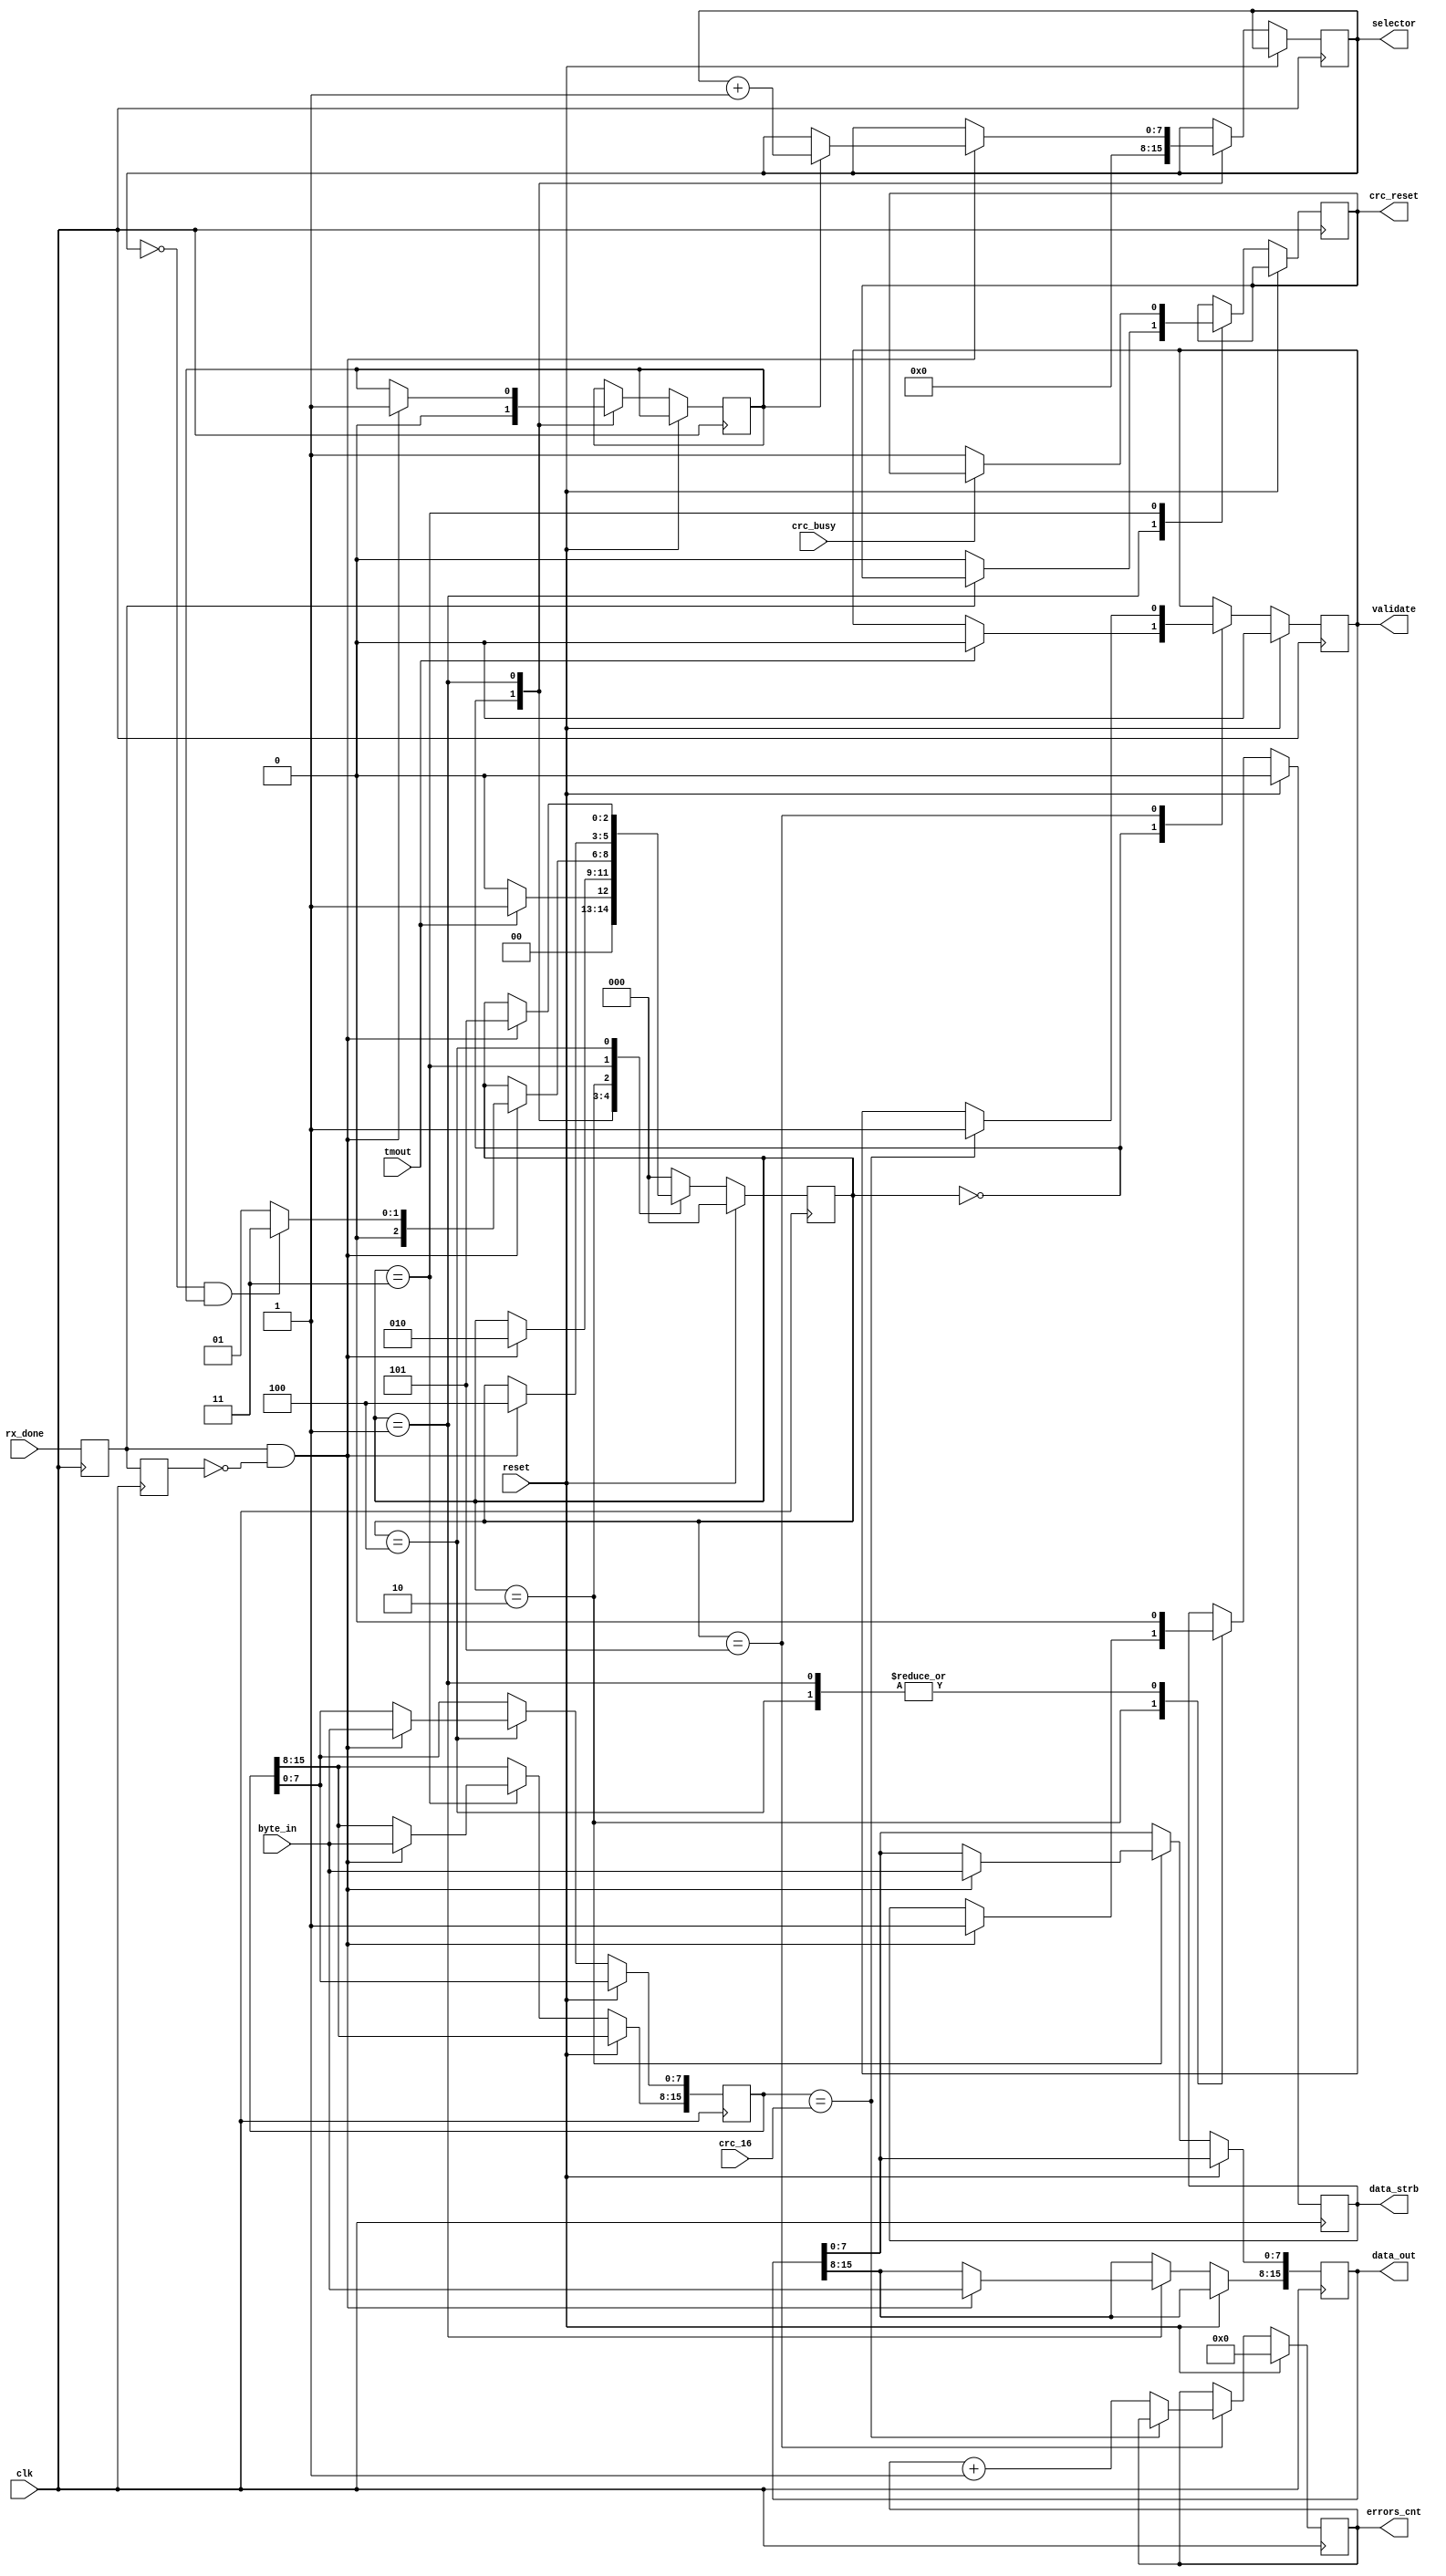

module serial_rx_ctrl_32_w ( clk, rx_done, byte_in, tmout, crc_16, crc_busy, reset,
							data_out, selector, data_strb, validate, errors_cnt, crc_reset);

input clk, rx_done, tmout, crc_busy, reset;
input [7:0] byte_in;
input [15:0] crc_16;

output reg data_strb, validate, crc_reset;
output reg [7:0] selector;
output reg [15:0] data_out, errors_cnt;

parameter [7:0] n_word = 8'h01; 

localparam [7:0] max_wrd_indx = n_word - 8'h01;

localparam [2:0] IDLE    = 3'b000;
localparam [2:0] DATA_HI = 3'b001;
localparam [2:0] DATA_LO = 3'b010;
localparam [2:0] CRC_HI  = 3'b011;
localparam [2:0] CRC_LO  = 3'b100;
localparam [2:0] VALID   = 3'b101;

reg [2:0] state     = 3'b000;
reg [15:0] crc_hi_bf = 16'h0000;

reg pre_strb_0 = 1'b0;
reg fist_word  = 1'b0;
reg strb_bf    = 1'b0;

always @(posedge clk) begin
	strb_bf <= rx_done;
	pre_strb_0 <= strb_bf;

	if(reset) begin
		errors_cnt <= 16'h0000;
		state <= IDLE;
		validate <= 1'b0;
		data_strb <= 1'b0;
	end
	else begin
		case(state)
			IDLE: begin
				if(tmout) begin
					state <= DATA_HI;
					validate <= 1'b0;
				end
				else begin
					state <= IDLE;
				end
				fist_word <= 1'b0;
				selector <= 8'h00;
			end
			DATA_HI: begin
				if(!strb_bf)
					crc_reset <= 1'b0;
				else begin end
				data_strb <= 1'b0;
				if(strb_bf && !pre_strb_0) begin
					if(!fist_word) begin
						selector <= selector;
						fist_word <= 1'b1;
					end
					else begin
						selector <= selector + 8'h01;
					end
					data_out[15:8] <= byte_in;
					state <= DATA_LO;
				end

			end
			DATA_LO: begin
				if(strb_bf && !pre_strb_0) begin
					data_out[7:0] <= byte_in;
					data_strb <= 1'b1;
					if(selector == max_wrd_indx && fist_word) begin
						state <= CRC_HI;
					end
					else begin
						state <= DATA_HI;
					end
				end
			end
			CRC_HI: begin
				if(!crc_busy) begin
					crc_reset <= 1'b1;
				end
				else begin end
				if(strb_bf && !pre_strb_0) begin
					crc_hi_bf[15:8] <= byte_in;
					state <= CRC_LO;
				end
			end
			CRC_LO: begin
				data_strb <= 1'b0;
				if(strb_bf && !pre_strb_0) begin
					crc_hi_bf[7:0] <= byte_in;
					state <= VALID;
				end
			end
			VALID: begin
				if(crc_hi_bf == crc_16) begin
					validate <= 1'b1;
				end
				else begin
					errors_cnt <= errors_cnt + 16'h0001;
				end
				state <= IDLE;
			end
			default: state <= IDLE;
		endcase
	end
end
endmodule